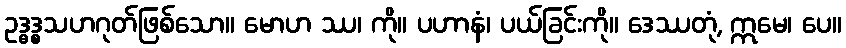
ဥဒ္ဓဒ္စသဟဂုတ်ဖြစ်သော။ မောဟ ဿ၊ ကို။ ပဟာနံ၊ ပယ်ခြင်းကို။ ဒေဿတုံ, ဣမေ၊ ပေ။